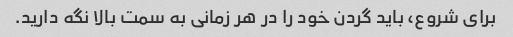
برای شروع، باید گردن خود را در هر زمانی به سمت بالا نگه دارید.